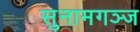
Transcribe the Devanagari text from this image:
सुनामगञ्ज